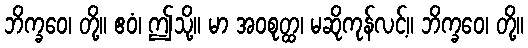
ဘိက္ခဝေ၊ တို့။ ဧဝံ၊ ဤသို့။ မာ အဝစုတ္ထ၊ မဆိုကုန်လင့်။ ဘိက္ခဝေ၊ တို့။